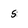
Character: 5